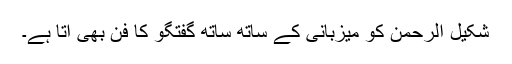
شکیل الرحمن کو میزبانی کے ساتھ ساتھ گفتگو کا فن بھی آتا ہے۔